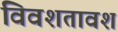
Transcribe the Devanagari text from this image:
विवशतावश